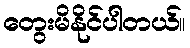
တွေးမိနိုင်ပါတယ်။